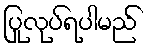
ပြုလုပ်ရပါမည်